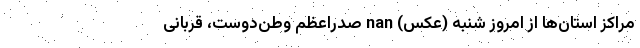
مراکز استان‌ها از امروز شنبه (عکس) nan صدر‌اعظم وطن‌دوست، قربانیِ